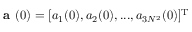
\textbf { a } ( 0 ) = [ a _ { 1 } ( 0 ) , a _ { 2 } ( 0 ) , . . . , a _ { 3 N ^ { 2 } } ( 0 ) ] ^ { \mathrm { T } }